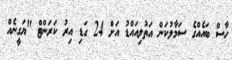
ހާސް ބައެއްގެ ސަމާލުކަން އަތުލިއައްޑު އަށް 24 ގަޑި އިރު ކަރަންޓް "ޔަގީނެއް